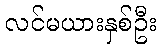
လင်မယားနှစ်ဦး